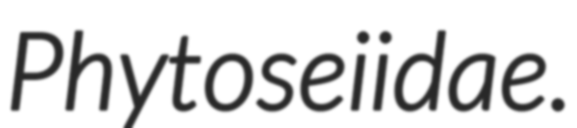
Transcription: Phytoseiidae.